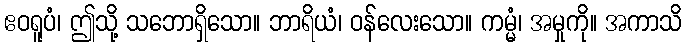
ဧဝရူပံ၊ ဤသို့ သဘောရှိသော။ ဘာရိယံ၊ ဝန်လေးသော။ ကမ္မံ၊ အမှုကို။ အကာသိ